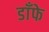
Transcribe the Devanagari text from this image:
डाँफे